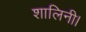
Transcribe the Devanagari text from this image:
शालिनी।